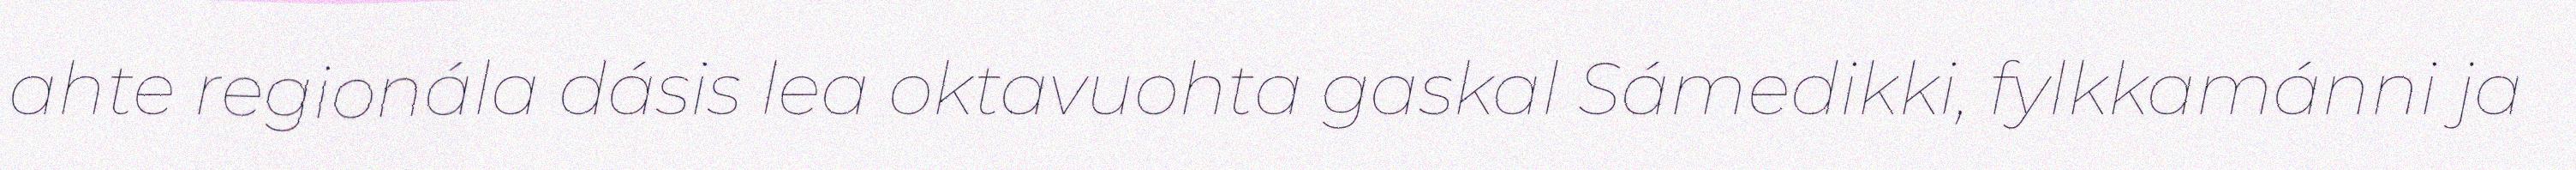
ahte regionála dásis lea oktavuohta gaskal Sámedikki, fylkkamánni ja